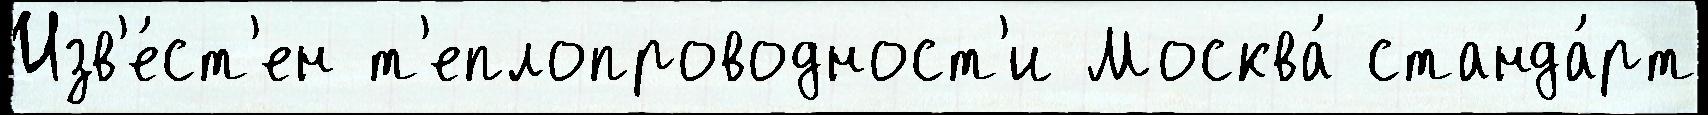
Изв'е́ст'ен т'еплопроводност'и Москва́ станда́рт